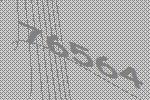
76564